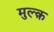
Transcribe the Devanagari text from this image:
मुल्क़